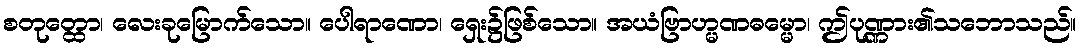
စတုတ္ထော၊ လေးခုမြောက်သော။ ပေါရာဏော၊ ရှေး၌ဖြစ်သော။ အယံဗြာဟ္မဏဓမ္မော၊ ဤပုဏ္ဏား၏သဘောသည်။